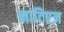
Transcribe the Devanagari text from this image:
नाटिएज़